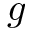
g